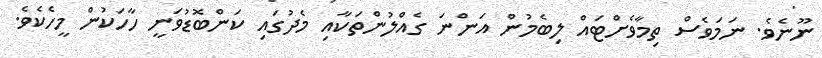
ނޫނެވެ. ނަމަވެސް ތިމާވެށްޓައް ލިބެމުން އަންނަ ގެއްލުންތަކާއި މެދުގައި ކަންބޮޑުވަނީ ހާހަކުން މީހެކެވެ.